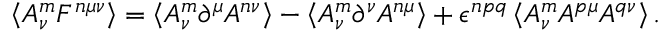
\left\langle A _ { \nu } ^ { m } F ^ { n \mu \nu } \right\rangle = \left\langle A _ { \nu } ^ { m } \partial ^ { \mu } A ^ { n \nu } \right\rangle - \left\langle A _ { \nu } ^ { m } \partial ^ { \nu } A ^ { n \mu } \right\rangle + \epsilon ^ { n p q } \left\langle A _ { \nu } ^ { m } A ^ { p \mu } A ^ { q \nu } \right\rangle .